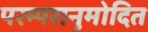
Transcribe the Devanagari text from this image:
परम्परानुमोदित